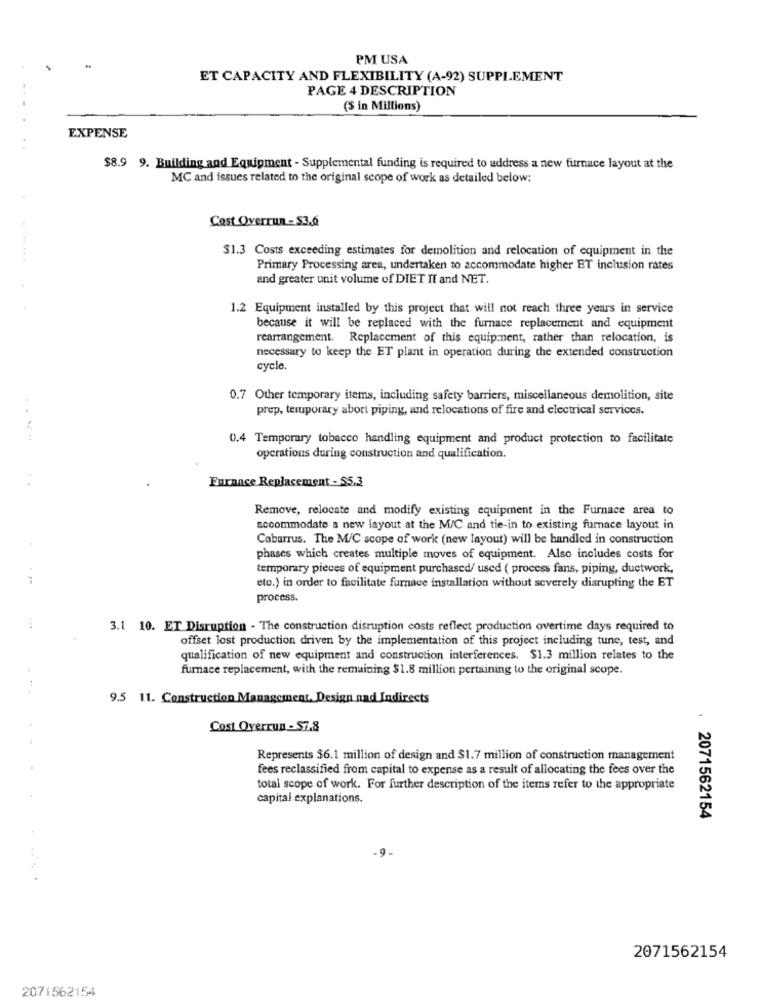
PM USA
ET CAPACITY AND FLEXIBILITY (A-92) SUPPLEMENT
PAGE 4 DESCRIPTION
($ in Millions)
EXPENSE
$8.9 9. Building and Equipment - Supplemental funding is required to address a new furnace layout at the
MC and issues related to the original scope of work as detailed below:
Cost Overrun - S3.6
$1.3 Costs exceeding estimates for demolition and relocation of equipment in the
Primary Processing area, undertaken to accommodate higher ET inclusion rates
and greater unit volume of DIET It and NET.
1.2 Equipment installed by this project that will not reach three years in service
because it will be replaced with the furnace replacement and equipment
rearrangement. Replacement of this equipment, rather than relocation, is
necessary to keep the ET plant in operation during the extended construction
cycle.
0.7 Other temporary items, including safety barriers, miscellaneous demolition, site
prep, teruporary abort piping, and relocations of fire and electrical services.
0.4 Temporary tobacco handling equipment and product protection to facilitate
operations during construction and qualification.
Furnace Replacement - $5.3
..
Remove, relocate and modify existing equipment in the Furnace area to
accommodate a new layout at the M/C and tie-in to existing furnace layout in
Cabarrus. The M/C scope of work (new layout) will be handled in construction
phases which creates multiple moves of equipment. Also includes costs for
temporary pieces of equipment purchased/ used ( process fans, piping, ductwork,
eto.) in order to facilitate furnace installation without severely disrupting the ET
process.
...
3.1 10. ET Disruption - The construction disruption costs reflect production overtime days required to
offset lost production driven by the implementation of this project including tune, test, and
qualification of new equipment and construction interferences. $1.3 million relates to the
furnace replacement, with the remaining $1.8 million pertaining to the original scope.
9.5 11. Construction Management, Design nad Indirects
Cost Overrun - 57.8
Represents $6.1 million of design and $1.7 million of construction management
fees reclassified from capital to expense as a result of allocating the fees over the
total scope of work. For further description of the items refer to the appropriate
capital explanations.
2071562154
2071562154
2071562154